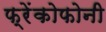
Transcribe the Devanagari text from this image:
फ्रेंकोफोनी